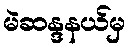
မဲဆန္ဒနယ်မှ